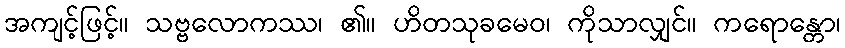
အကျင့်ဖြင့်။ သဗ္ဗလောကဿ၊ ၏။ ဟိတသုခမေဝ၊ ကိုသာလျှင်။ ကရောန္တော၊